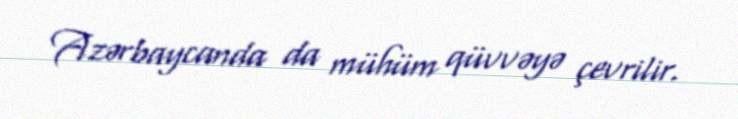
Azərbaycanda da mühüm qüvvəyə çevrilir.